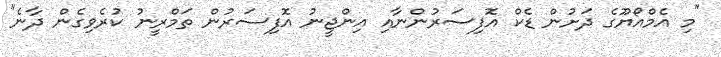
"މި އެމްއޯޔޫގެ ދަށުން ޑެކް އޮފިސަރުންނާއި އިންޖީނު އޮފިސަރުން ތަމްރީނު ކުރެވިގެން ދާނެ"